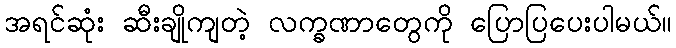
အရင်ဆုံး ဆီးချိုကျတဲ့ လက္ခဏာတွေကို ပြောပြပေးပါမယ်။